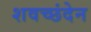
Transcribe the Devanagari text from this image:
शवच्छंदेन